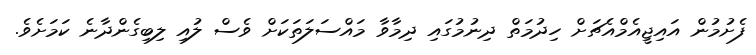
ފެށުމުން އައިޖީއެމްއެޗަށް ހިދުމަތް ދިނުމުގައި ދިމާވާ މައްސަލަތަކަށް ވެސް ލުއި ލިބިގެންދާނެ ކަމަށެވެ.